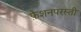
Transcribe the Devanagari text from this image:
फ़ैशनपरस्ती